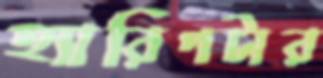
হ্যারিপটার